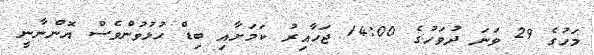
މަހުގެ 29 ވަނަ ދުވަހުގެ 14:00 ޖަހާއިރު ކަމަށާއި ބިޑް ހުޅުވުންވެސް އޮންނާނީ